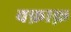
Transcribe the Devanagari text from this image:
वफ़ाक़